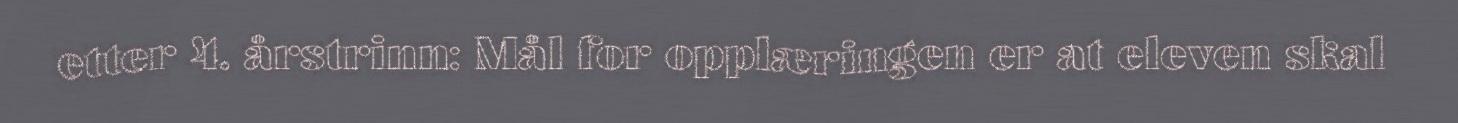
etter 4. årstrinn: Mål for opplæringen er at eleven skal